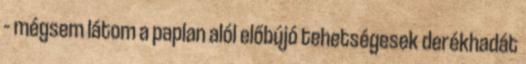
– mégsem látom a paplan alól előbújó tehetségesek derékhadát